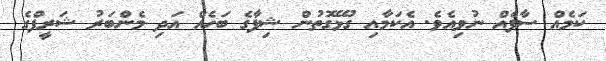
ކަމެއް ސާފެއް ނުވިއެވެ. އެކަމާއި ގުޅޭގޮތުން ޝިފާގެ ބަހެއް އަަދި މެންބަރު ޝަރީފްގެ